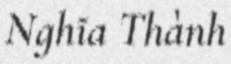
Nghĩa Thành